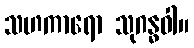
သဟကာရော သုဂန္ဓဝါ။